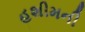
હશીમની